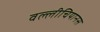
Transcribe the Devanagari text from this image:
वल्लीचियानस